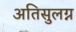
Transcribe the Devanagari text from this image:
अतिसुलग्न